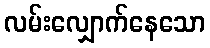
လမ်းလျှောက်နေသော